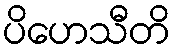
ပိဟေသီတိ